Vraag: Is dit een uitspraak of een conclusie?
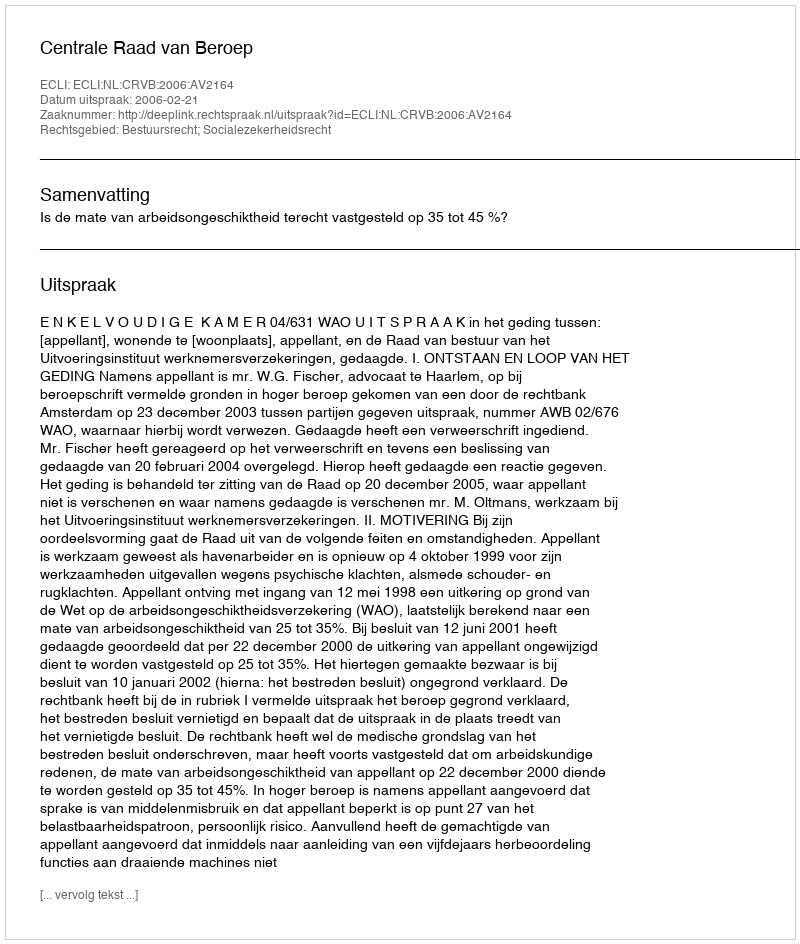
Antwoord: Uitspraak